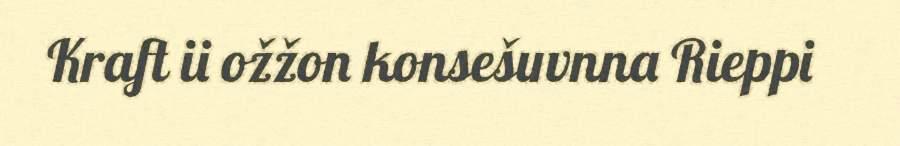
Kraft ii ožžon konsešuvnna Rieppi